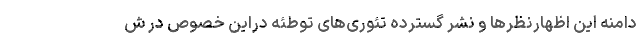
دامنه این اظهارنظرها و نشر گسترده تئوری‌های توطئه دراین خصوص در ش